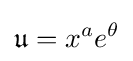
{\mathfrak {u}}=x^{a}e^{\theta }